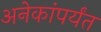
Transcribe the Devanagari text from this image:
अनेकांपर्यंत